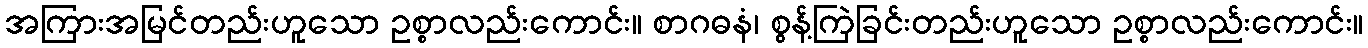
အကြားအမြင်တည်းဟူသော ဥစ္စာလည်းကောင်း။ စာဂဓနံ၊ စွန့်ကြဲခြင်းတည်းဟူသော ဥစ္စာလည်းကောင်း။